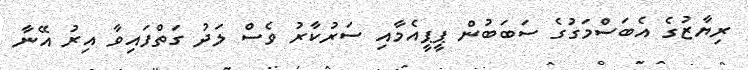
ރިޔާޒުގެ އެބަސްމަގުގެ ސަބަބުން ޕީޕީއެމާއި ސަރުކާރު ވެސް ލަދު ގަތްފައިވާ އިރު އޭނާ